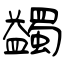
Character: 蠲